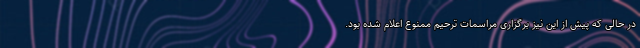
در حالی که پیش از این نیز برگزاری مراسمات ترحیم ممنوع اعلام شده بود.